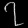
Digit: ၇